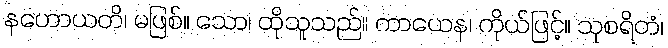
နဟောယတိ၊ မဖြစ်။ သော၊ ထိုသူသည်။ ကာယေန၊ ကိုယ်ဖြင့်။ သုစရိတံ၊